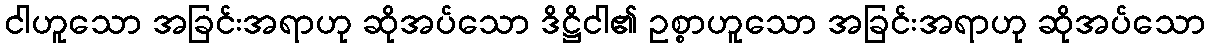
ငါဟူသော အခြင်းအရာဟု ဆိုအပ်သော ဒိဋ္ဌိငါ၏ ဥစ္စာဟူသော အခြင်းအရာဟု ဆိုအပ်သော